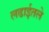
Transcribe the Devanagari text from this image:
लढाईतले